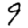
Digit: 9